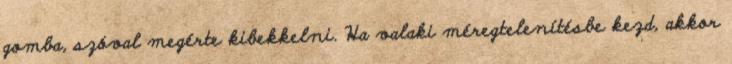
gomba, szóval megérte kibekkelni. Ha valaki méregtelenítésbe kezd, akkor